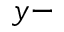
y -